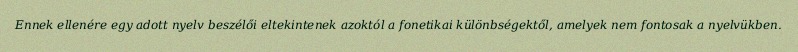
Ennek ellenére egy adott nyelv beszélői eltekintenek azoktól a fonetikai különbségektől, amelyek nem fontosak a nyelvükben.